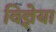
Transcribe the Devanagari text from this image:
विज्ञेया